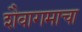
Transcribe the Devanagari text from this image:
शैवागमाचा